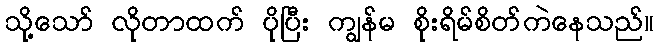
သို့သော် လိုတာထက် ပိုပြီး ကျွန်မ စိုးရိမ်စိတ်ကဲနေသည်။